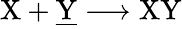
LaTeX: \mathrm{X+\underline{{Y}}\longrightarrow XY}